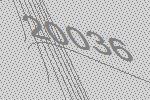
20036